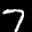
Label: 7